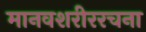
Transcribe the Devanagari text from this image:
मानवशरीररचना